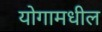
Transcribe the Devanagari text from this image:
योगामधील